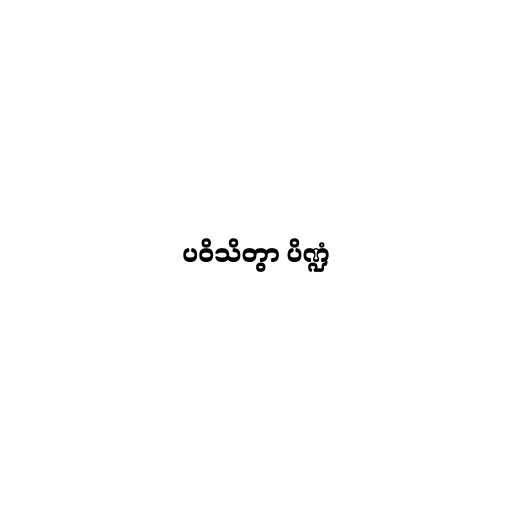
ပဝိသိတွာ ပိဏ္ဍံ